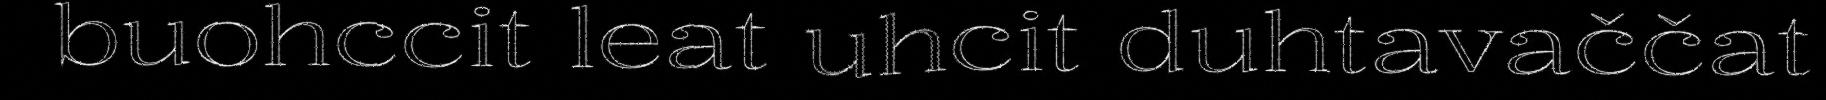
buohccit leat uhcit duhtavaččat